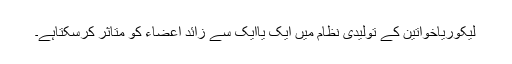
لیکوریاخواتین کے تولیدی نظام میں ایک یاایک سے زائد اعضاء کو متاثر کرسکتاہے۔